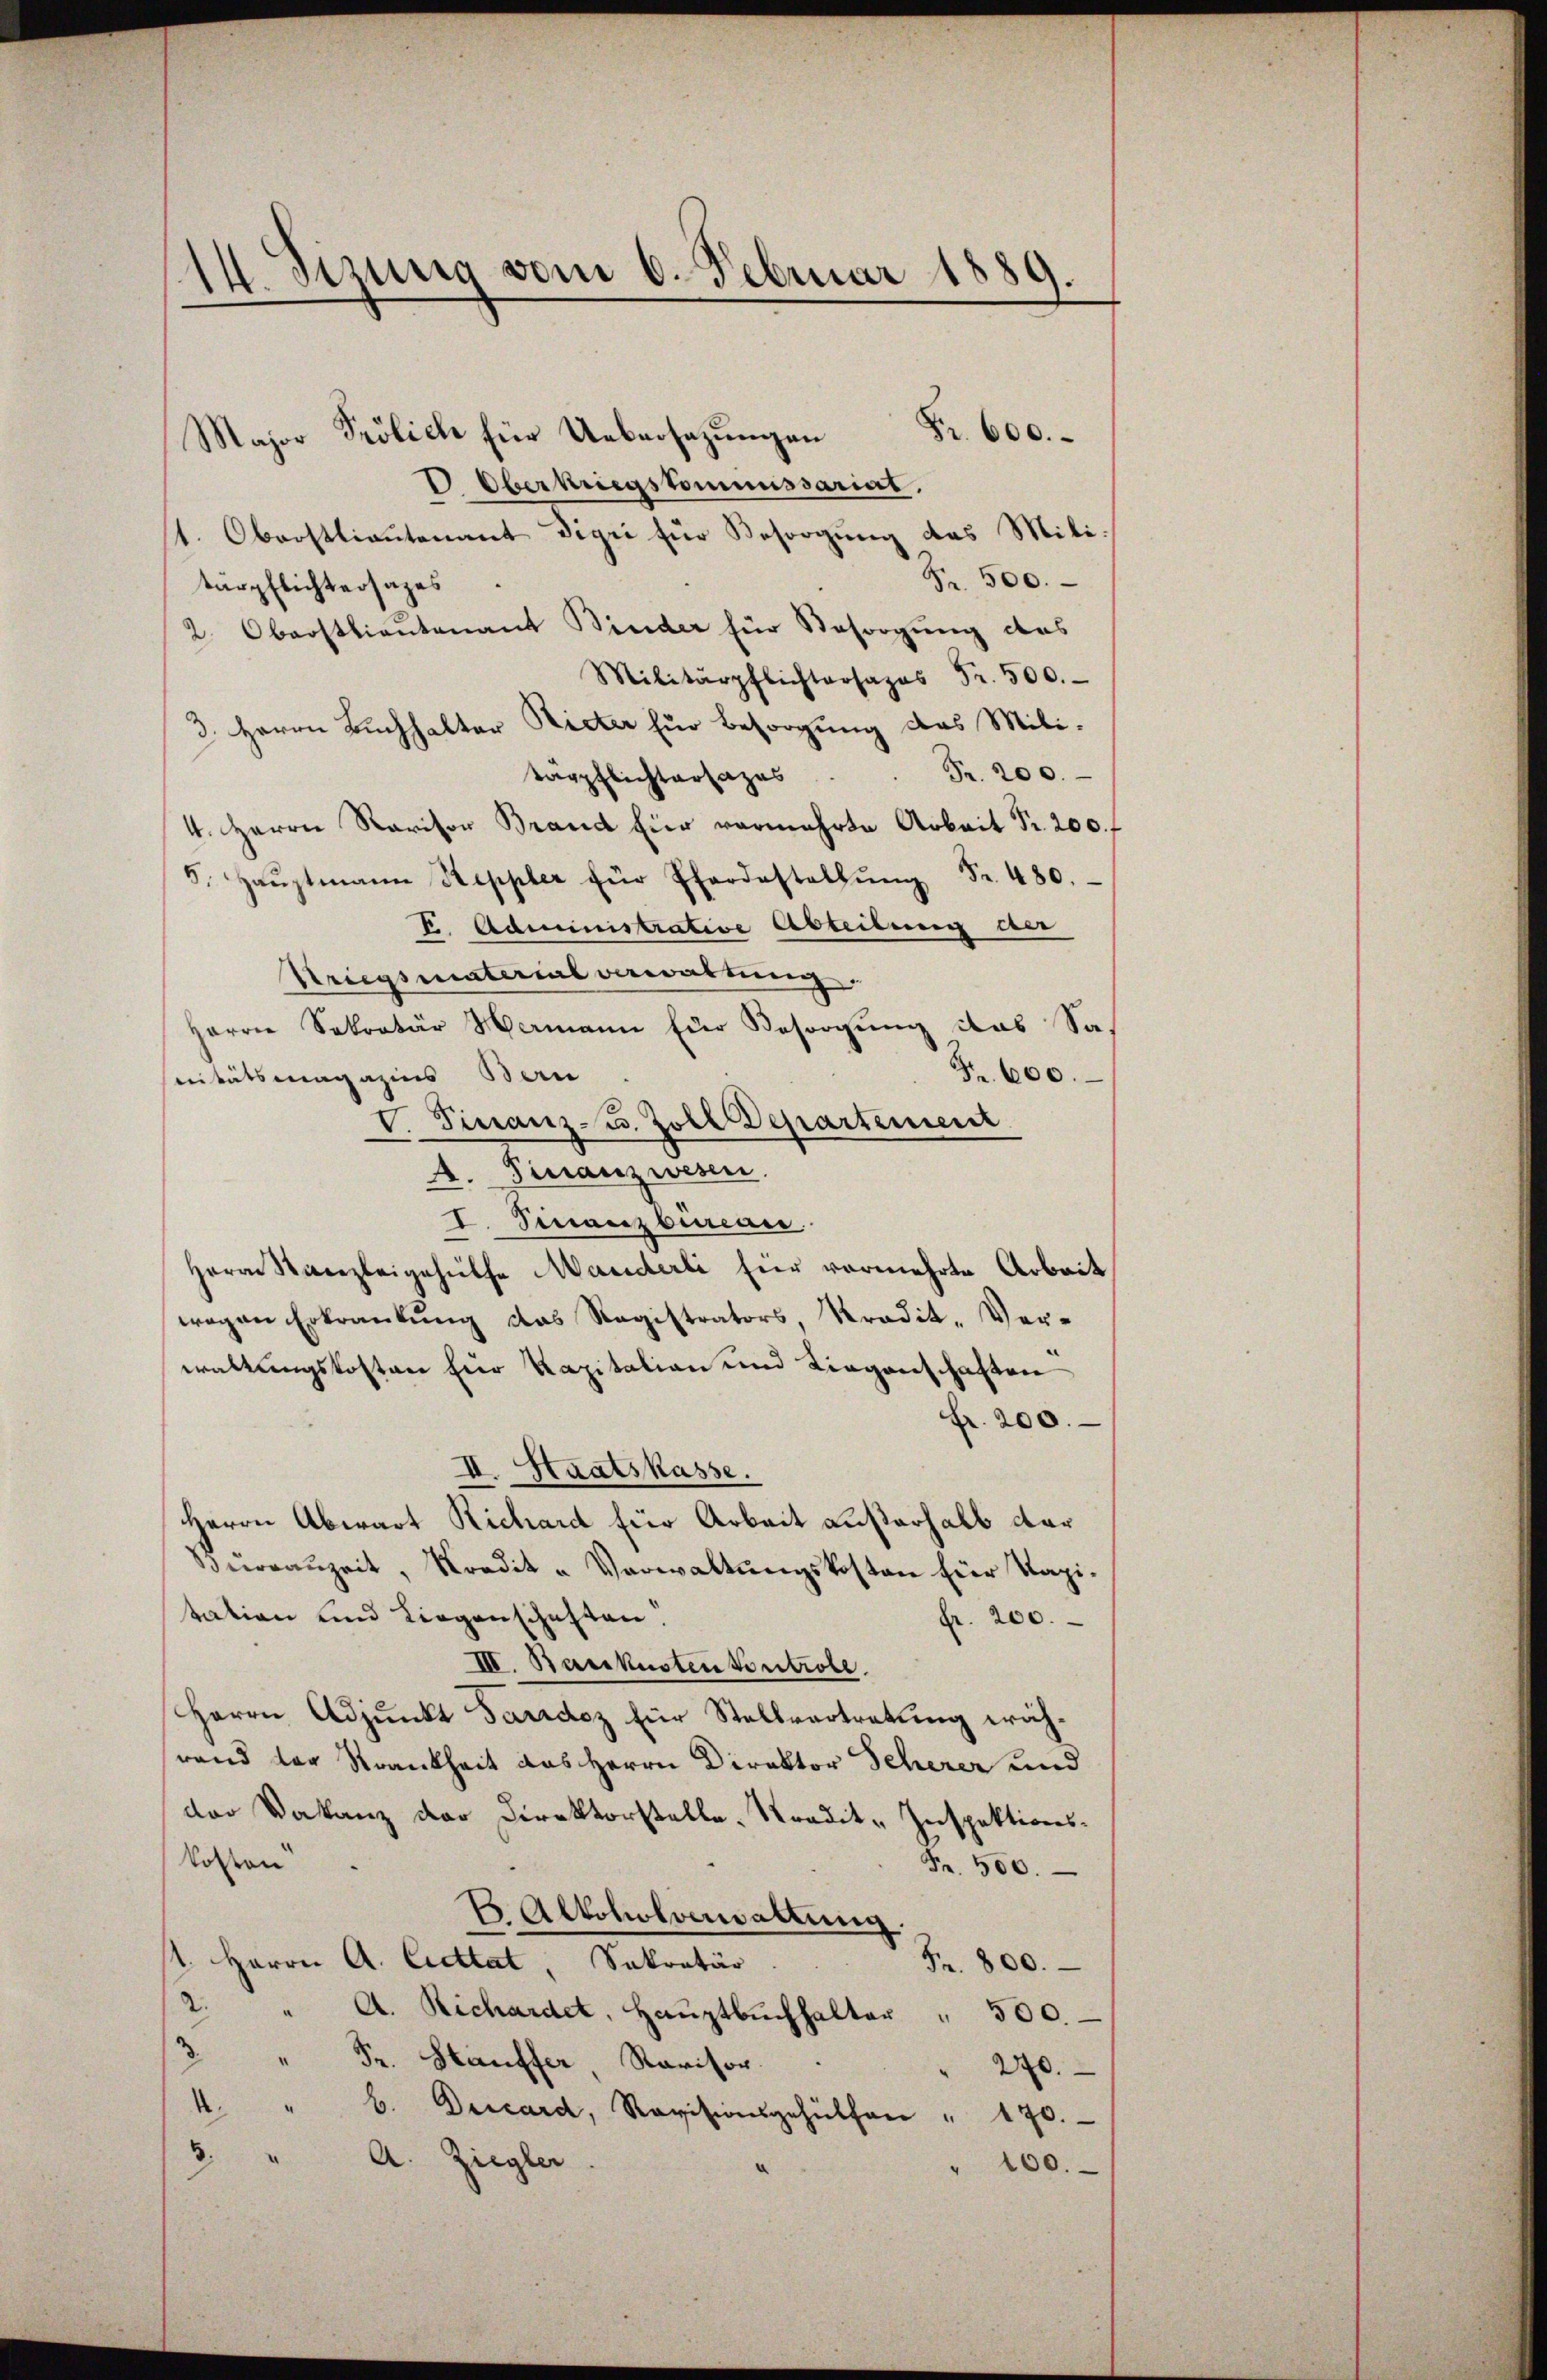
14. Sizung vom 6. Februar 1889.

Fr. 600.
ajor Frölich für Uebersezungen
V. Oberkriegskommissariat.
t. Oberstlieutenant Dizei für Besorgung des Mili¬
Fr. 500.
tärpflichtersages
2. Oberstlieutenant Binder für Besorgŭng das
Militärpflichtsans Fr. 500.
3. Herrn Buchhalter Rieter für Besorgung des Mili¬
Fr. 200.
tagpflichtersazas
4. Herrn Ravisor Brand hier vermehrte Arbeit Pr. 200. f
5. Haŭptmann Steppler für Pferdestallŭng Fr. 480.
V. Administrative Abteilung der
Striegsmaterial verwaltung.
Herrn Sekretär Hermann Eder Besorgŭng das Sa
Fr. 600.
nitätsmagazins Bern
V. Finanz-C. Zoll Departement
A. Finanzwesen.
I. Finanzbureau
e
Herrn Stanzleigehülfe Manderli für vermehrte Arbeit
wegen Erkrankung das Registrators, Kredit, Verwaltungskosten für Kapitalian und Liegenschaften
Fr. 200.
II. Staatskasse.
Herrn Abwart Richard für Arbeit außerhalb der
Büreaŭzeit, Kredit-Verwaltŭngskosten für Kapitation und Liegenschaften.
fr. 200.
III. Barkusten Kontrole.
Herrn Adjunkt Taridoz für Stellvertretung währand der Krankheit das Herrn Direktor Scherer und
dor Vakanz der Direktorstelle Tradit-Inspektionskosten
Fr. 500.
 Alkoholverwaltung
1. Herrn A. Citat, Sakretär
Fr. 800.
2. " A. Richardet, Haŭptbŭchhalter " 500.
.
" Fr. Stauffer, Ravisor
220.
1.
b. Descard, Revisionsgehülfen " 170.
3. " A. Ziegler
100.